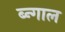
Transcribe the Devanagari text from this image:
ब्न्गाल